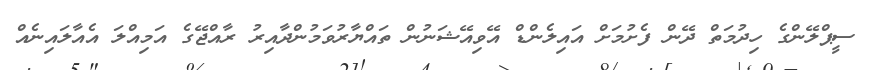
ސީޕްލޭންގެ ހިދުމަތް ދޭން ފެށުމަށް އައިލެންޑް އޭވިއޭޝަނުން ތައްޔާރުވަމުންދާއިރު ރާއްޖޭގެ އަމިއްލަ އެއާލައިނެއް